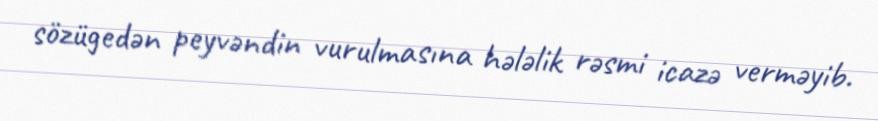
sözügedən peyvəndin vurulmasına hələlik rəsmi icazə verməyib.